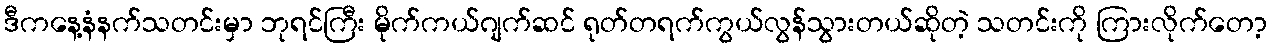
ဒီကနေ့နံနက်သတင်းမှာ ဘုရင်ကြီး မိုက်ကယ်ဂျက်ဆင် ရုတ်တရက်ကွယ်လွန်သွားတယ်ဆိုတဲ့ သတင်းကို ကြားလိုက်တော့